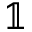
\mathbb { 1 }